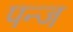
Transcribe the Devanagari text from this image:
पन्ज